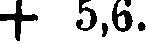
+ 5,6.